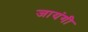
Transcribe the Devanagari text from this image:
जायंगी